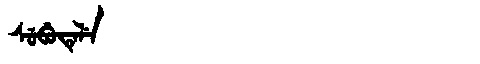
Manchu: ᠰᡠᠪᡠᡨᡝᠯᡝ
Romanization: SUBUTELE